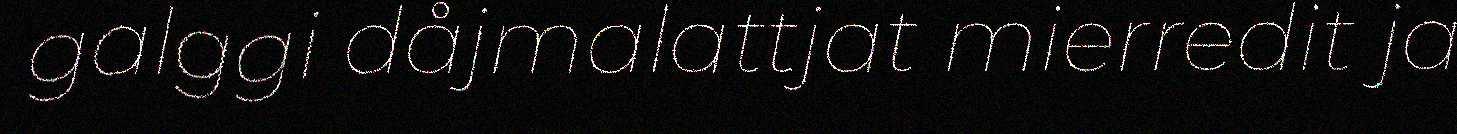
galggi dåjmalattjat mierredit ja